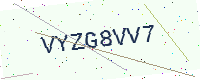
Text: VYZG8VV7